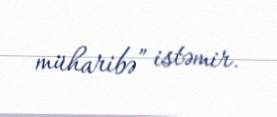
müharibə” istəmir.